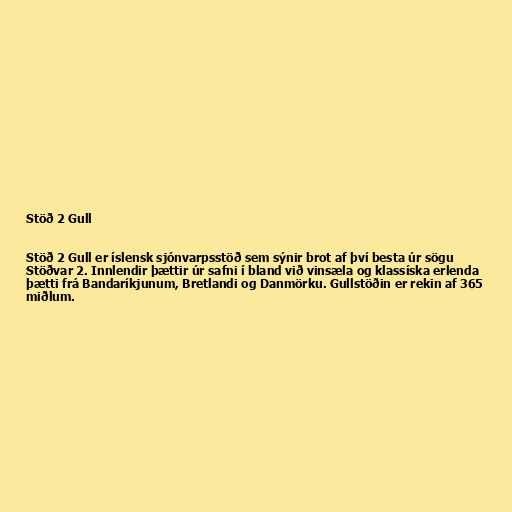
Stöð 2 Gull

Stöð 2 Gull er íslensk sjónvarpsstöð sem sýnir brot af því besta úr sögu
Stöðvar 2. Innlendir þættir úr safni í bland við vinsæla og klassíska erlenda
þætti frá Bandaríkjunum, Bretlandi og Danmörku. Gullstöðin er rekin af 365
miðlum.